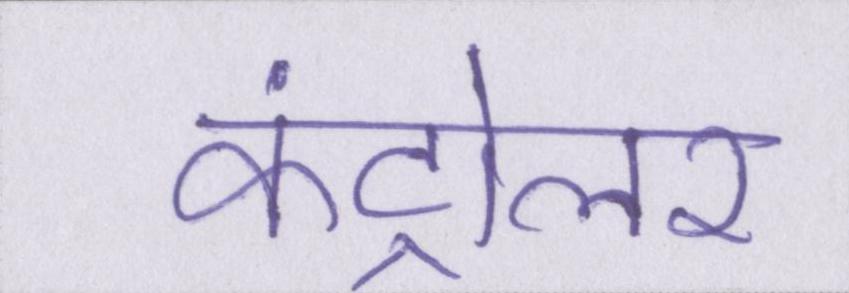
कंट्रोलर